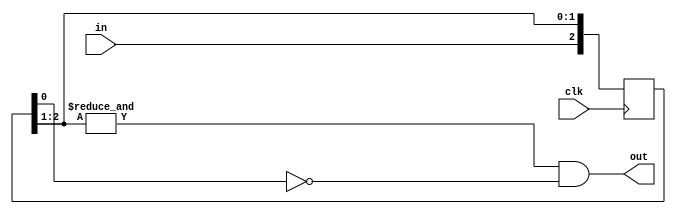
`timescale 1ns / 1ps

module button(
    input clk,
    input in,
    output out
    );

    localparam N = 3;

    reg [N-1:0] q_reg, q_next;

    always @(posedge clk) begin
        q_reg <= q_next;
    end

    // next state logic
    always @(q_reg, in) begin
        q_next = {in, q_reg[N-1:1]};
    end

    // output logic
    assign out = (&q_reg[N-1:1] & ~q_reg[0]);

endmodule